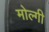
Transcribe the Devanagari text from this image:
मोल्गी